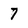
Character: 7